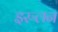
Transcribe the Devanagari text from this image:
इरुलन